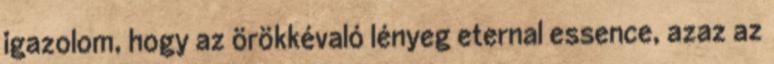
igazolom, hogy az örökkévaló lényeg eternal essence, azaz az